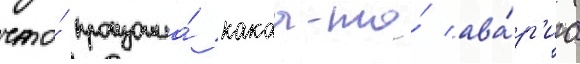
что́ произошла́ какаа-то́ ава́р'иа